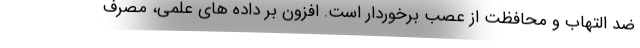
ضد التهاب و محافظت از عصب برخوردار است. افزون بر داده های علمی، مصرف